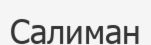
Салиман